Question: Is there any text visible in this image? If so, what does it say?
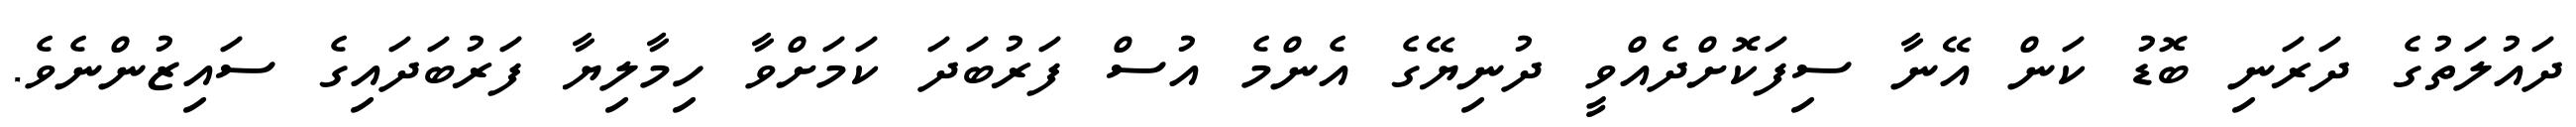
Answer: ދައުލަތުގެ ދަރަނި ބޮޑު ކަން އޭނާ ސިފަކޮށްދެއްވީ ދުނިޔޭގެ އެންމެ އުސް ފަރުބަދަ ކަމަށްވާ ހިމާލިޔާ ފަރުބަދައިގެ ސައިޒުންނެވެ.